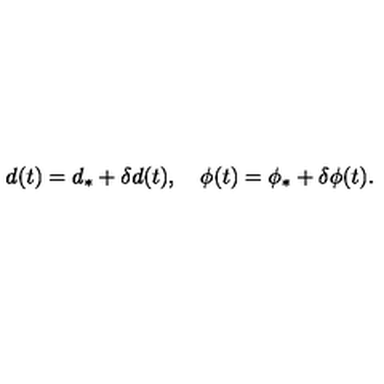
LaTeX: d ( t ) = d _ { \ast } + \delta d ( t ) , \quad \phi ( t ) = \phi _ { \ast } + \delta \phi ( t ) .